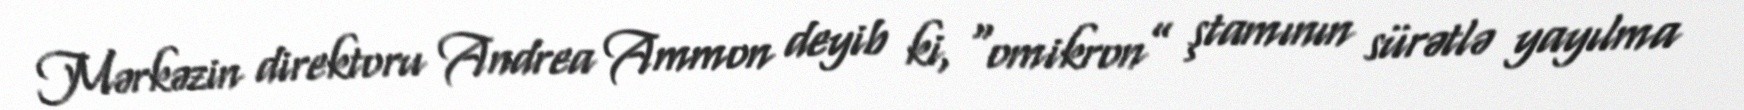
Mərkəzin direktoru Andrea Ammon deyib ki, “omikron” ştamının sürətlə yayılma